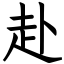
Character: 赴